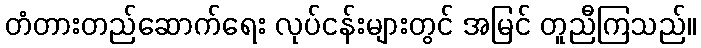
တံတားတည်ဆောက်ရေး လုပ်ငန်းများတွင် အမြင် တူညီကြသည်။